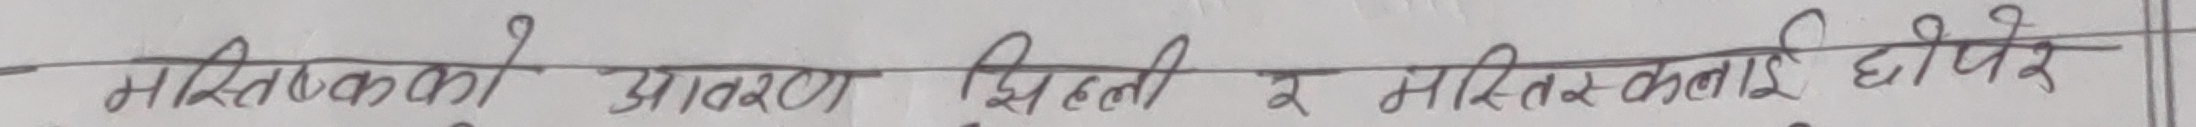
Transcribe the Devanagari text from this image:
मस्तिकको आवरण झिल्ली र मस्तिष्कलाई छोपेर